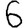
Digit: 6